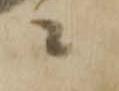
二